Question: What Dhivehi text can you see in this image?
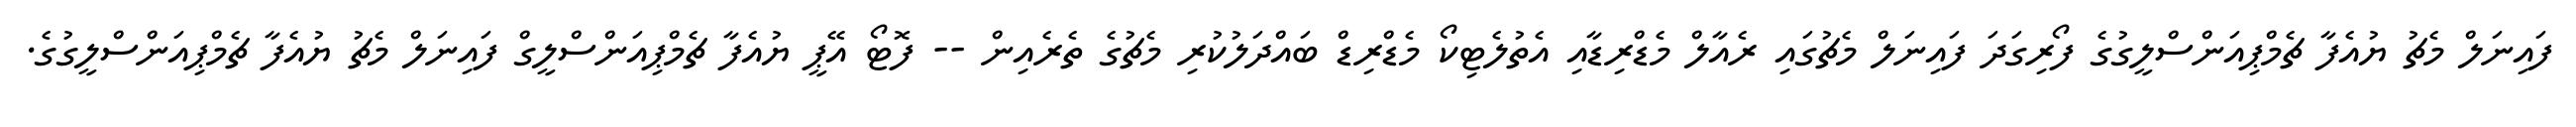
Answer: ފައިނަލް މެޗު ޔުއެފާ ޗެމްޕިއަންސްލީގުގެ ފޯރިގަދަ ފައިނަލް މެޗުގައި ރެއާލް މެޑްރިޑާއި އެތުލެޓިކޯ މެޑްރިޑް ބައްދަލުކުރި މެޗުގެ ތެރެއިން -- ފޮޓޯ އޭޕީ ޔުއެފާ ޗެމްޕިއަންސްލީގް ފައިނަލް މެޗު ޔުއެފާ ޗެމްޕިއަންސްލީގުގެ.